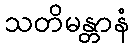
သတိမန္တာနံ